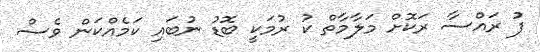
ފު ރައްސާ ރަކޮށް މަލާމާތް ކު ރުމަކީ ބޮޑު ނުބައި ކަމެއްކަން ވެސް